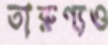
তারুণ্যও